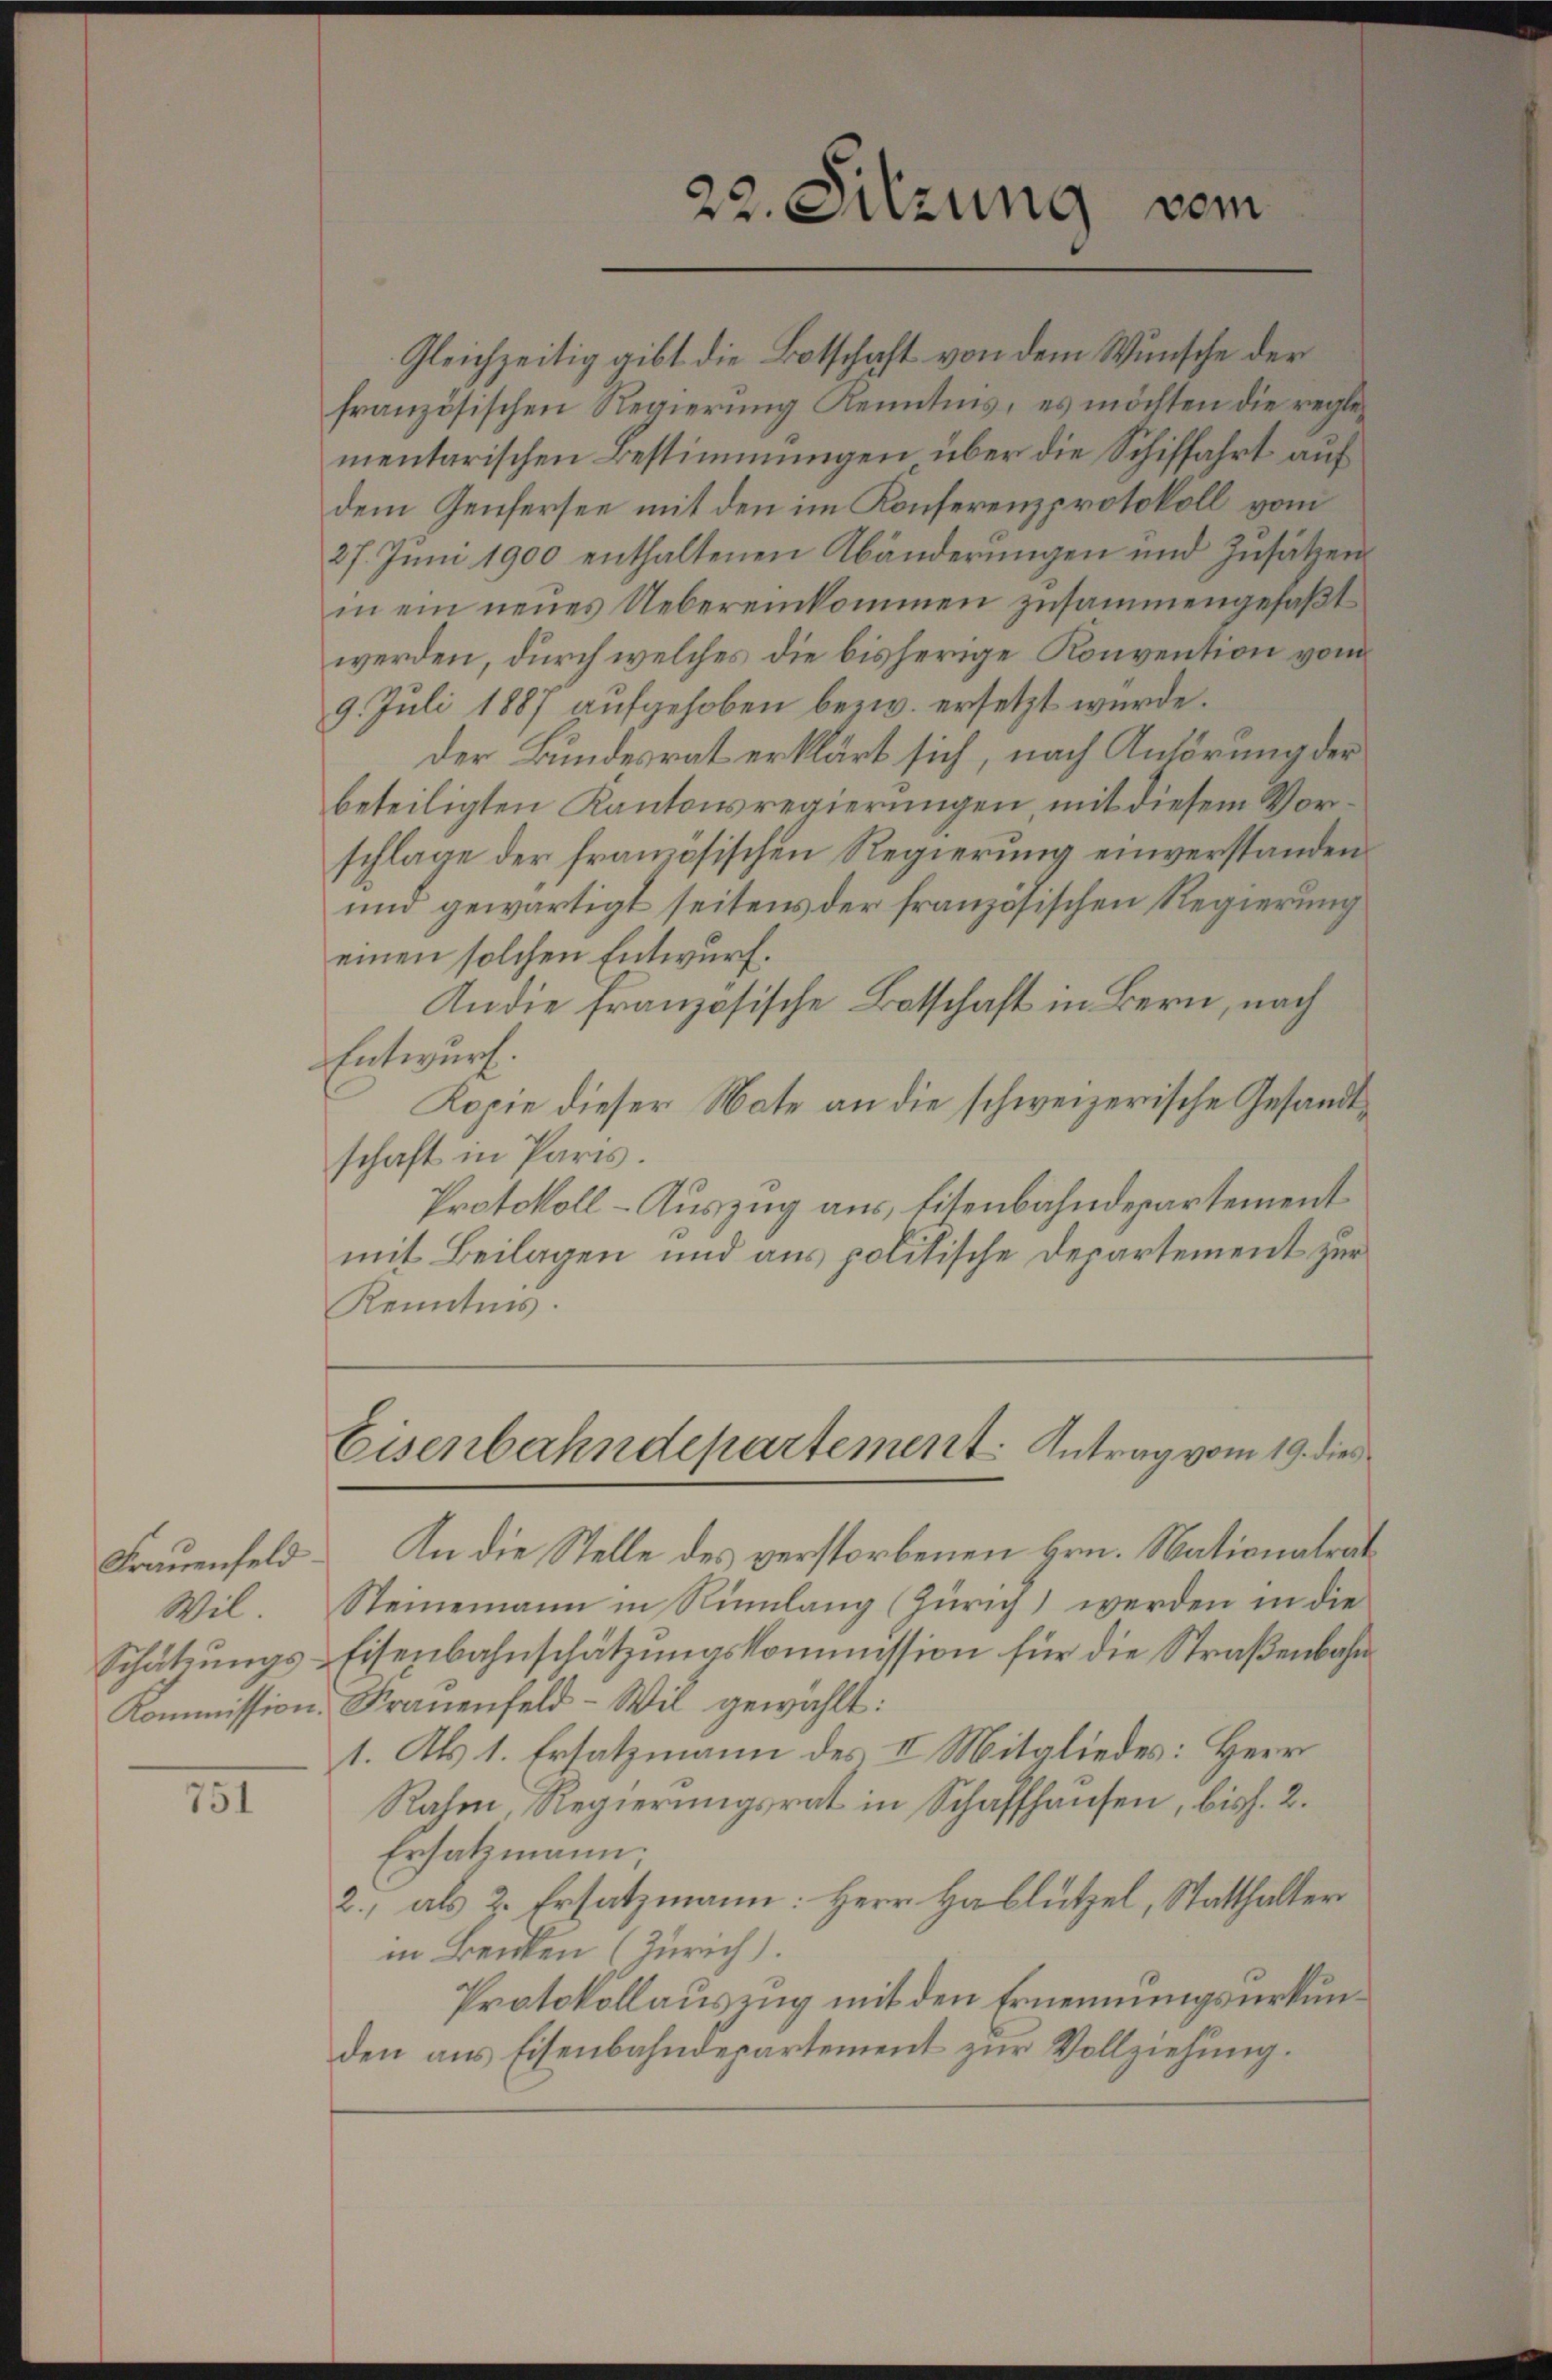
Frauenfeld.
Kommission.

151

französischen Regierung Kenntnis, es möchten die reglementarischen Bestimmungen über die Schiffahrt auf
dem Genfersee mit den im Konferenzprotokoll vom
27. Juni 1900 enthaltenen Abänderungen und Zusätzen
in ein neues Uebereinkommen zusammengefaßt
werden, durch welches die bisherige Konvention vom
9. Juli 1887 aufgehoben bezw. ersetzt wurde.
der Bundesrat erklärt sich, nach Anhörung der
beteiligten Kantonsregierungen, mit diesem Vorschlage der französischen Regierung einverstanden
und gewärtigt seitens der französischen Regierung
einen solchen Entwurf.
Andie französische Botschaft in Bern, nach
Entwurf.
Kopie dieser Note an die schweizerische Gesandtschaft in Paris.
Protokoll-Auszug aus Eisenbahndepartement
mit Beilagen und aus politische Departement zur
Kenntnis.

vom
23. Sitzung

Gleichzeitig gibt die Botschaft von dem Wunsche der

Eisenbahndepartement. Antrag vom 19. dies

An die Stelle des verstorbenen Hrn. Nationalrat
Wil. Steinemann in Rümlang (Zürich) werden in die
Schützŭngs-Eisenbahnschätzŭngskommission für die Straβenbahn
Frauenfeld - Wil gewählt:
1. Als 1. Ersatzmann des II. Mitgliedes: Herr
Rahen, Regierungsrat in Schaffhausen, bish. 2.
Ersatzmann,
2., als 2. Ersatzmann: Herr Hablützel, Statthalter
in Benken (Zürich).
Protokollauszug mit den Ernennungsurkunden aus Eisenbahndepartement zur Vollziehung.